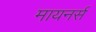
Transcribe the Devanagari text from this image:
मायनर्स